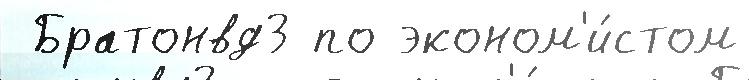
 Братонвд3 по эконом'и́стом